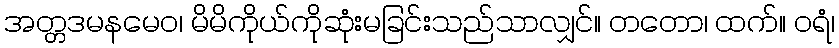
အတ္တဒမနမေဝ၊ မိမိကိုယ်ကိုဆုံးမခြင်းသည်သာလျှင်။ တတော၊ ထက်။ ဝရံ၊